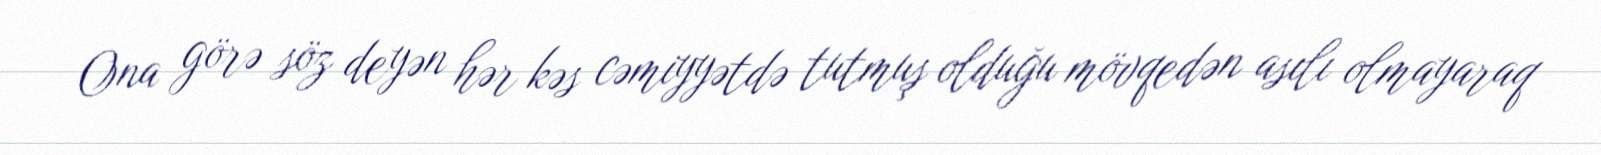
Ona görə söz deyən hər kəs cəmiyyətdə tutmuş olduğu mövqedən asılı olmayaraq